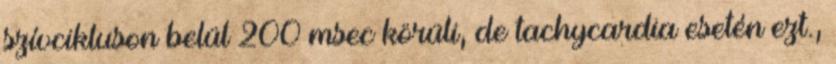
szívcikluson belül 200 msec körüli, de tachycardia esetén ezt.,